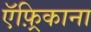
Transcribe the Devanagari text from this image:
ऍफ़्रिकाना